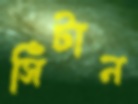
সিঁটান